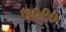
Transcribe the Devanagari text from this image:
७०९०